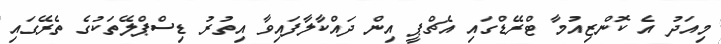
މިއަދު އެ ކޮންޒިއުމާ ޓްރޭޑްގައި އެޗްޕީ އިން ދައްކާލާފައިވާ އިތުރު ޑިސްޕްލޭތަކުގެ ތެރޭގައި